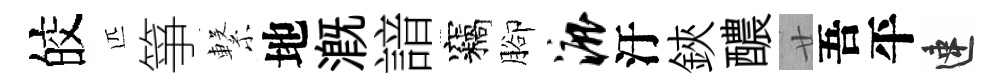
皎匹箏繋地溉諳竊腳漉汙鋏醲廿吾平速